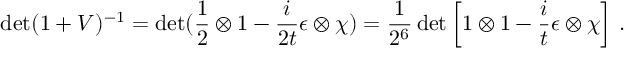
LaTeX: \operatorname * { d e t } ( 1 + V ) ^ { - 1 } = \operatorname * { d e t } ( \frac { 1 } { 2 } \otimes 1 - \frac { i } { 2 t } \epsilon \otimes \chi ) = \frac { 1 } { 2 ^ { 6 } } \operatorname * { d e t } \left[ 1 \otimes 1 - \frac { i } { t } \epsilon \otimes \chi \right] \, .